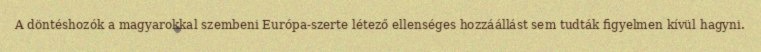
A döntéshozók a magyarokkal szembeni Európa-szerte létező ellenséges hozzáállást sem tudták figyelmen kívül hagyni.